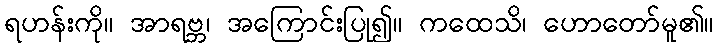
ရဟန်းကို။ အာရဗ္ဘ၊ အကြောင်းပြု၍။ ကထေသိ၊ ဟောတော်မူ၏။